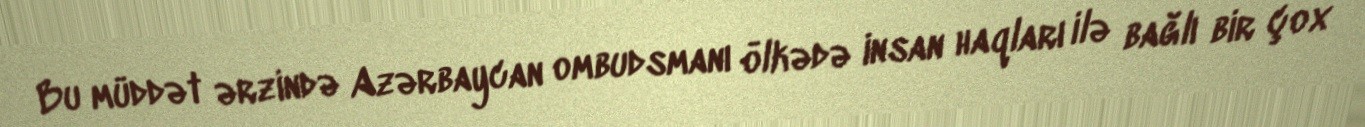
Bu müddət ərzində Azərbaycan ombudsmanı ölkədə insan haqları ilə bağlı bir çox